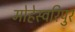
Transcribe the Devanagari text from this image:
मोहेस्वरिपुर